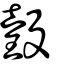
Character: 瑴